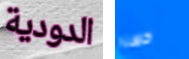
الدودية حسنا